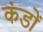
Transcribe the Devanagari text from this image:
कंडों